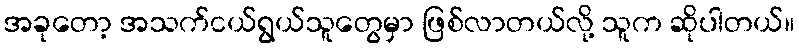
အခုတော့ အသက်ငယ်ရွယ်သူတွေမှာ ဖြစ်လာတယ်လို့ သူက ဆိုပါတယ်။